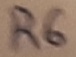
Text: R6